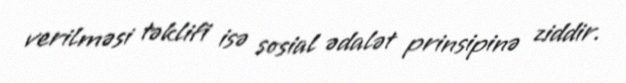
verilməsi təklifi isə sosial ədalət prinsipinə ziddir.